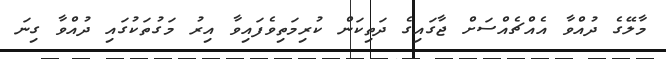
މާލޭގެ ދުއްވާ އެއްޗެއްސަށް ޖާގައިގެ ދަތިކަން ކުރިމަތިވެފައިވާ އިރު މަގުތަކުގައި ދުއްވާ ގިނަ